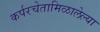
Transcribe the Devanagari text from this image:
कर्परचेतामिळालेल्या